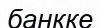
банкке